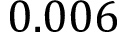
0 . 0 0 6